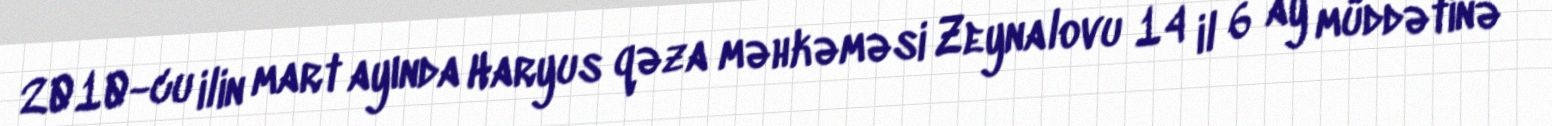
2010-cu ilin mart ayında Haryus qəza məhkəməsi Zeynalovu 14 il 6 ay müddətinə